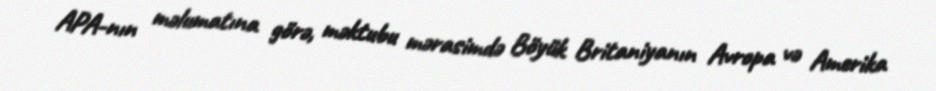
APA-nın məlumatına görə, məktubu mərasimdə Böyük Britaniyanın Avropa və Amerika